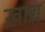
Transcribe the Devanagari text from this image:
ख़ाद्य